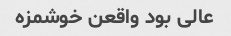
عالی بود واقعن خوشمزه